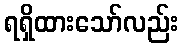
ရရှိထားသော်လည်း